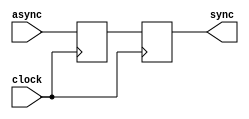
`timescale 1ns / 1ps
//////////////////////////////////////////////////////////////////////////////////
// Company: 
// Engineer: 
// 
// Design Name: 
// Module Name:    meta 
// Project Name: 
// Target Devices: 
// Tool versions: 
// Description: 
//
// Dependencies: 
//
// Revision: 
// Revision 0.01 - File Created
// Additional Comments: 
//
//////////////////////////////////////////////////////////////////////////////////
module meta(
    input async,								// no other moduels see this - only read once in here
	 input clock,
    output sync								// other modules can use at will
    );

reg async_old = 0;							// no other modules msee this - only read once in here
reg async_old_old = 0;

assign sync = async_old_old;

always @(posedge clock)
	begin
		async_old <= async;					// read and latch to synchronize, hoping not to catch 2.5 V. Million : 1 long shot
		async_old_old <= async_old;		// read and latch to address metastability on 2.5 V catch. Million^2 : 1 real long shot
	end

endmodule